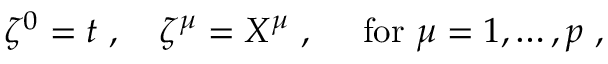
\zeta ^ { 0 } = t \ , \quad \zeta ^ { \mu } = X ^ { \mu } \ , \quad \mathrm { ~ f o r ~ } \mu = 1 , \ldots , p \ ,